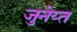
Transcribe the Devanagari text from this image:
जुनेय्त